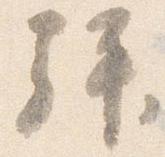
拝